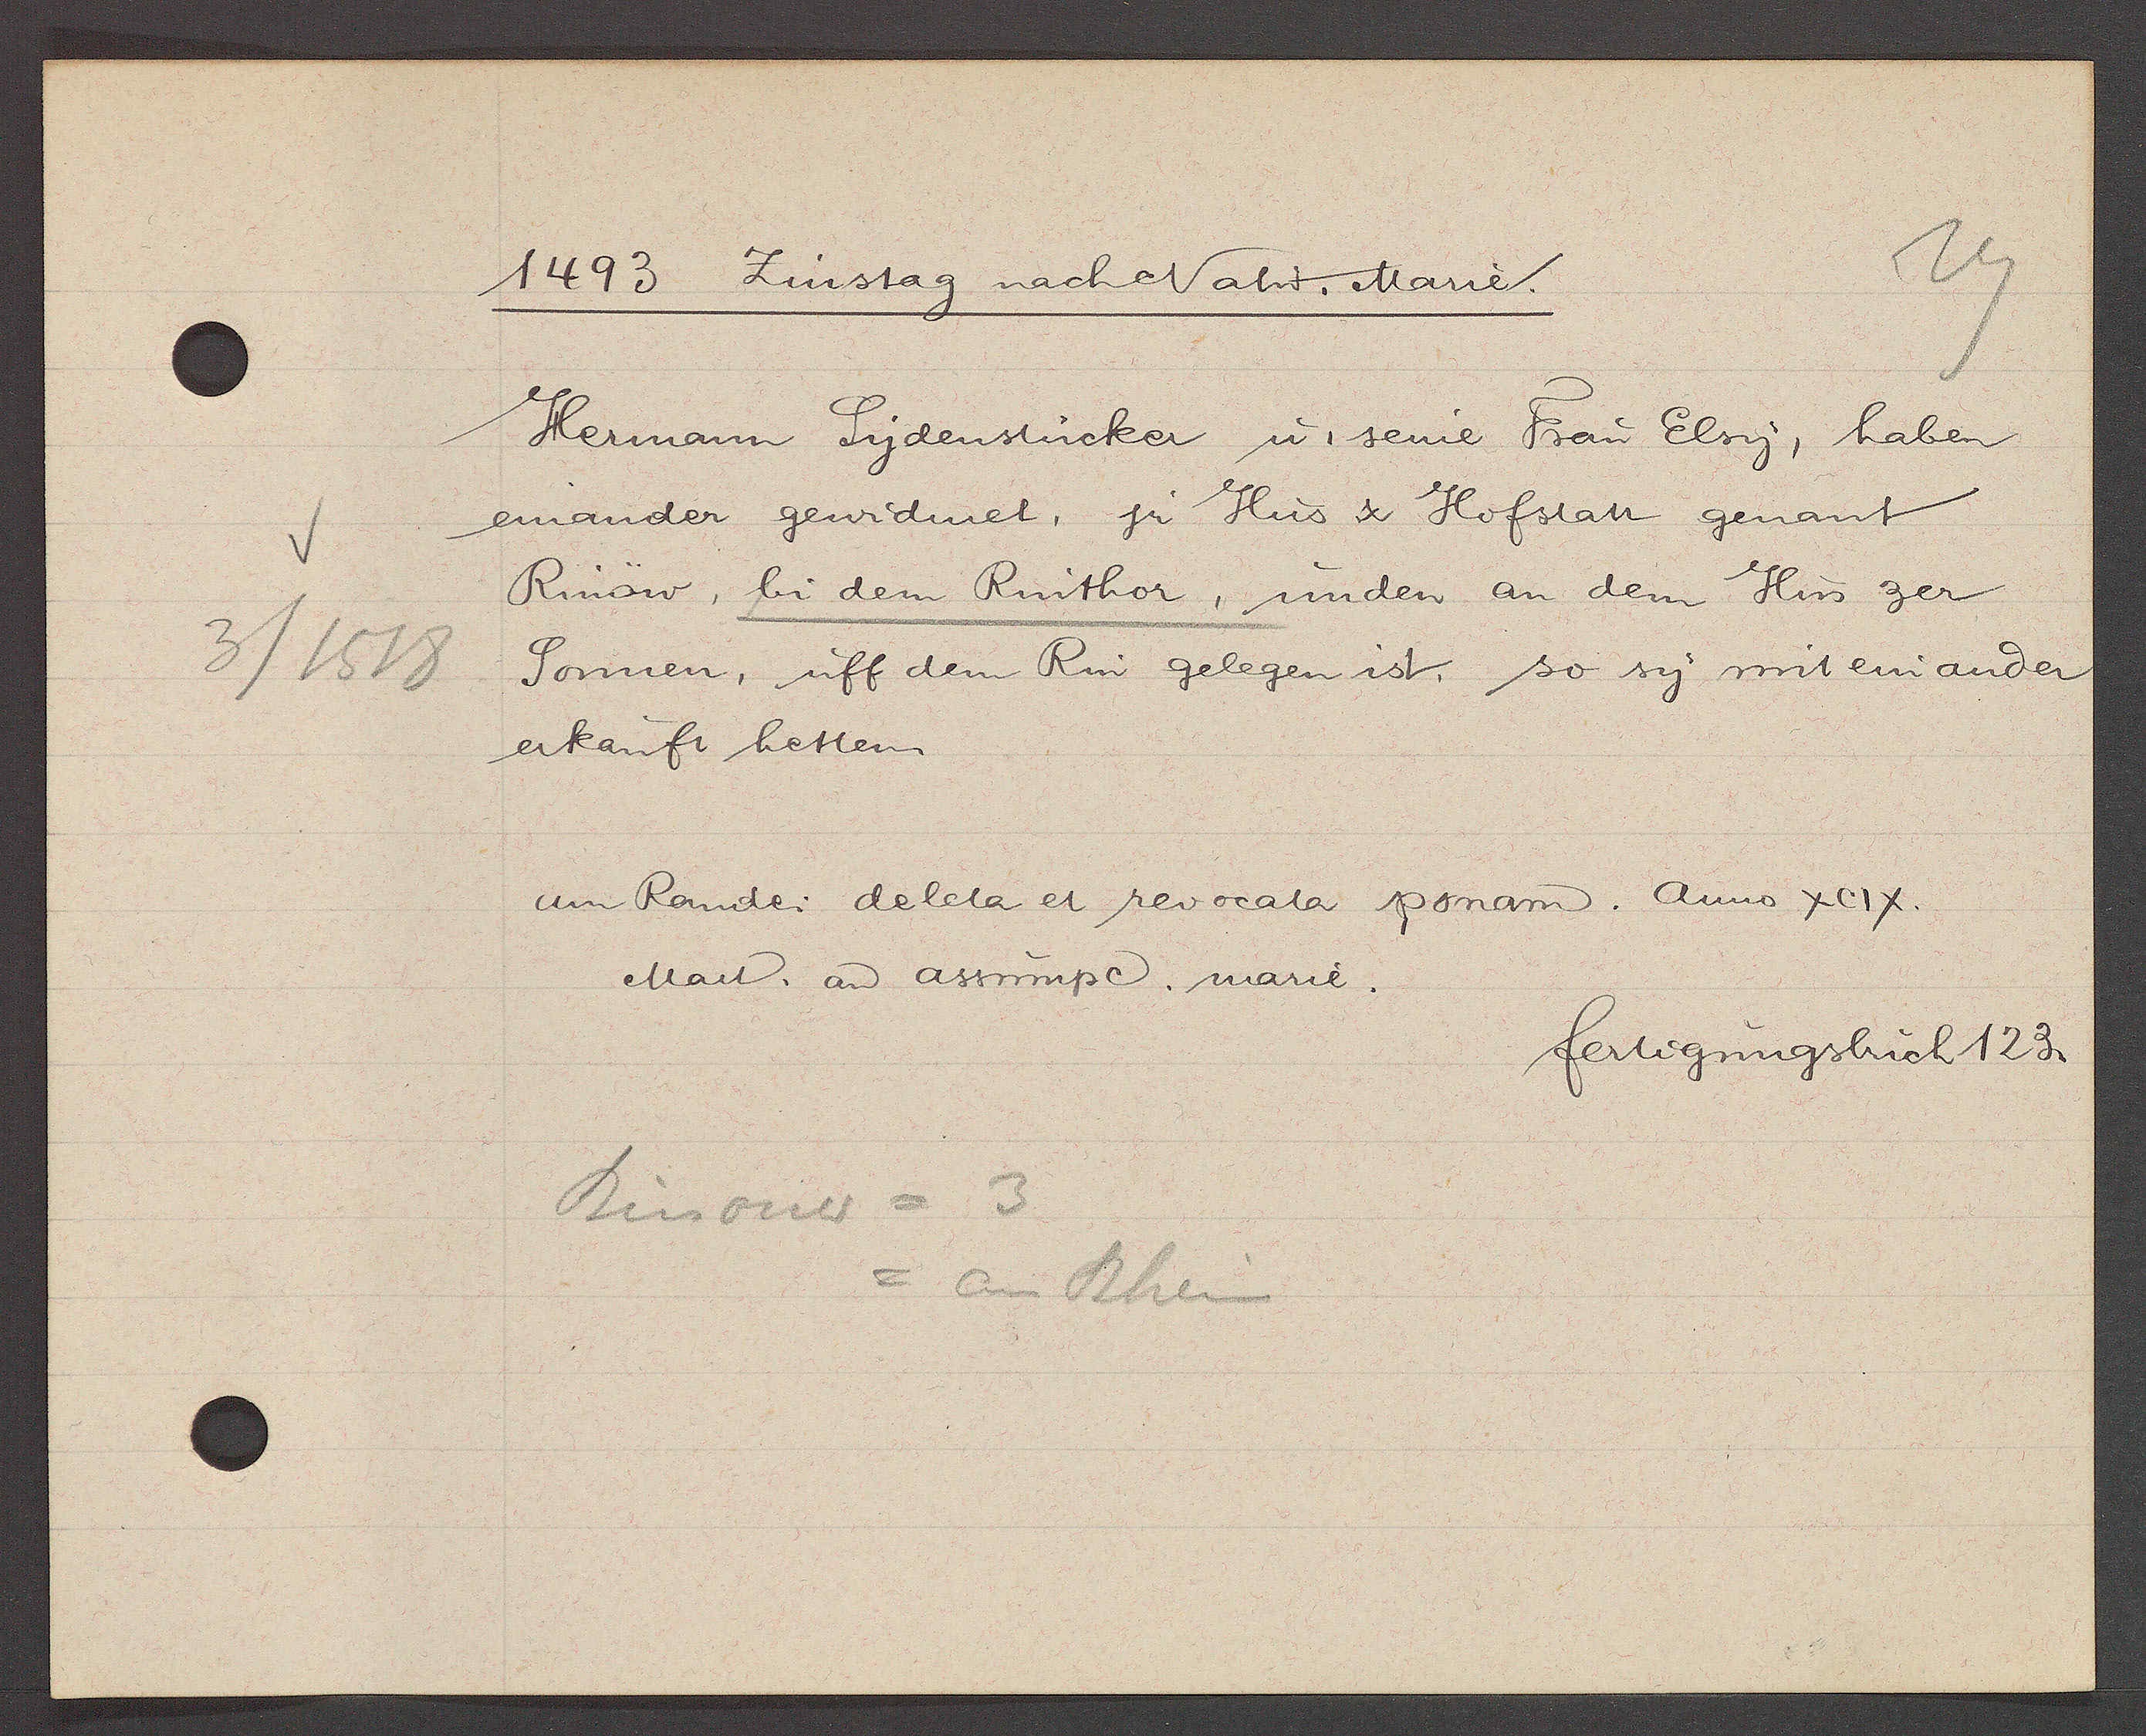
Transcript:
3/1518

1493 Zinstag nach Nativ. Marie.

Hermann Syndensticker u. seine Frau Elsy, haben
einander gewidmet ir Hus & Hofstatt genant
Rinow, bi dem Rinthor, unden an dem Hus zer
Sonnen, uff dem Rin gelegen ist, so sy mit einander
erkauft hetten.
am Rande: deleta et revocata ponam. Anno XCIX.
Mart. aȵ assumpc marie.

Rinouw = 3
= am Rhein

fertigungsbuch 123.